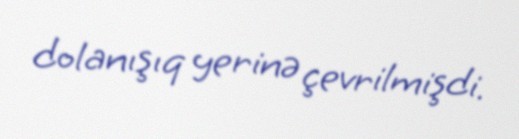
dolanışıq yerinə çevrilmişdi.